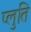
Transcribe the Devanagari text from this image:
प्लुति